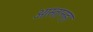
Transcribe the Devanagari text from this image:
ओस्तानहा